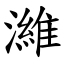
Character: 濰